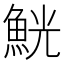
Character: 𩶸